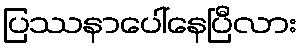
ပြဿနာပေါ်နေပြီလား